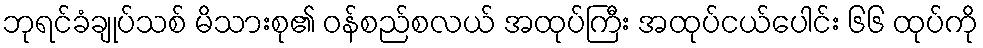
ဘုရင်ခံချုပ်သစ် မိသားစု၏ ဝန်စည်စလယ် အထုပ်ကြီး အထုပ်ငယ်ပေါင်း ၆၆ ထုပ်ကို